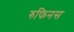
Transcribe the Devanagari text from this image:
रुफिनस